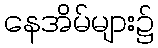
နေအိမ်များ၌